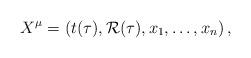
LaTeX: \begin{align*}X^\mu=(t(\tau), {\mathcal R}(\tau), x_1, \dots, x_n)\,,\end{align*}